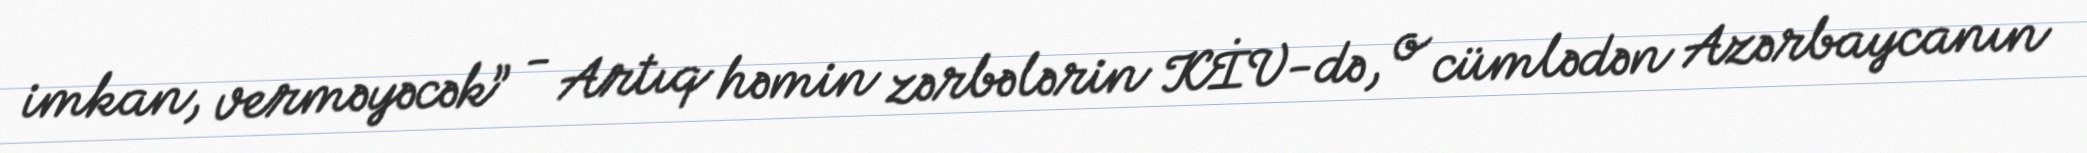
imkan, verməyəcək” - Artıq həmin zərbələrin KİV-də, o cümlədən Azərbaycanın